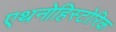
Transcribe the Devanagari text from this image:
एथनोहिस्टोरिक